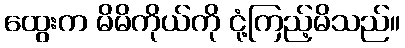
ထွေးက မိမိကိုယ်ကို ငုံ့ကြည့်မိသည်။